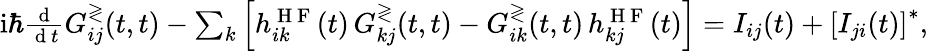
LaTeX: \begin{array}{r}{\mathrm{i}\hbar\frac{\mathrm{~d~}}{\mathrm{~d~}t}G_{ij}^{\gtrless}(t,t)-\sum_{k}\left[h_{ik}^{\mathrm{~H~F~}}(t)\, G_{kj}^{\gtrless}(t,t)-G_{ik}^{\gtrless}(t,t)\, h_{kj}^{\mathrm{~H~F~}}(t)\right]=I_{ij}(t)+\left[I_{ji}(t)\right]^{*},}\end{array}